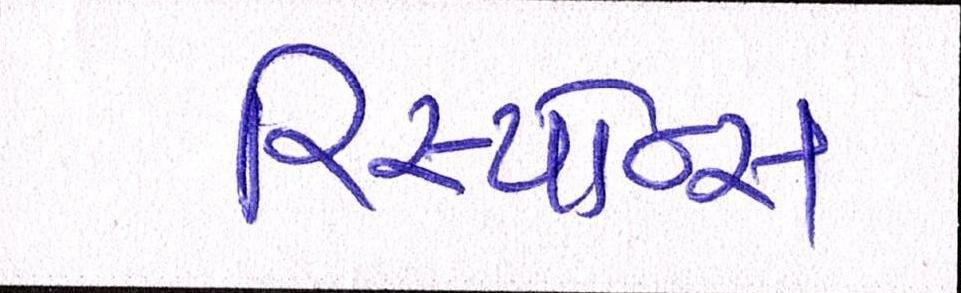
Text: રિસ્પોન્સ